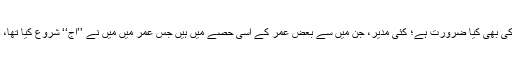
اور اس سانحۂ جانکاہ کے پیش آنے کے انتظار کی بھی کیا ضرورت ہے؛ کئی مدیر، جن میں سے بعض عمر کے اسی حصے میں ہیں جس عمر میں میں نے ’’آج‘‘ شروع کیا تھا، اپنی اپنی طرز کے رسالے جاری کر چکے ہیں۔